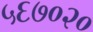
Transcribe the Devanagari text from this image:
५६७०२०